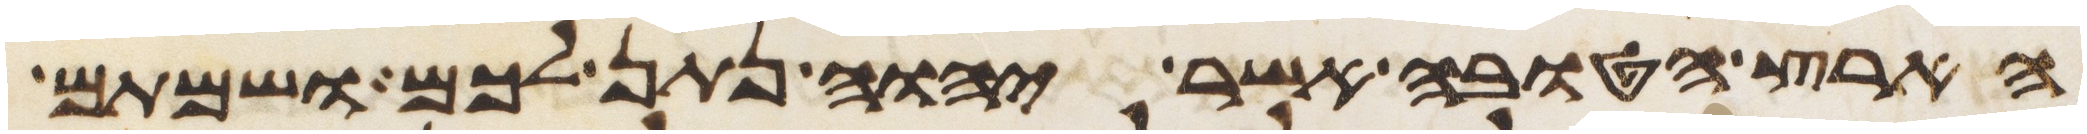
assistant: הארץ הטובה אשר יהוה נתן לכם ושמתם